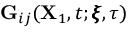
\mathbf { G } _ { i j } ( \mathbf { X } _ { 1 } , t ; \pmb { \xi } , \tau )